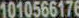
1010566176